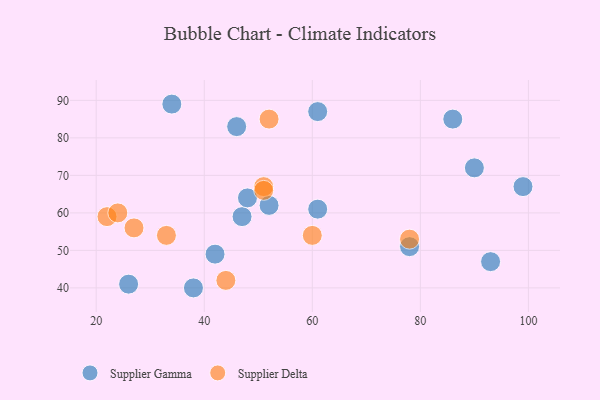
{"axis": {"x": "GDP", "y": "Life Expectancy"}, "legend": ["Supplier Delta", "Supplier Gamma"], "data": [{"x": "99", "y": 67, "type": "Supplier Gamma"}, {"x": "93", "y": 47, "type": "Supplier Gamma"}, {"x": "61", "y": 87, "type": "Supplier Gamma"}, {"x": "46", "y": 83, "type": "Supplier Gamma"}, {"x": "52", "y": 62, "type": "Supplier Gamma"}, {"x": "26", "y": 41, "type": "Supplier Gamma"}, {"x": "42", "y": 49, "type": "Supplier Gamma"}, {"x": "34", "y": 89, "type": "Supplier Gamma"}, {"x": "86", "y": 85, "type": "Supplier Gamma"}, {"x": "47", "y": 59, "type": "Supplier Gamma"}, {"x": "38", "y": 40, "type": "Supplier Gamma"}, {"x": "78", "y": 51, "type": "Supplier Gamma"}, {"x": "61", "y": 61, "type": "Supplier Gamma"}, {"x": "90", "y": 72, "type": "Supplier Gamma"}, {"x": "48", "y": 64, "type": "Supplier Gamma"}, {"x": "51", "y": 67, "type": "Supplier Delta"}, {"x": "51", "y": 66, "type": "Supplier Delta"}, {"x": "33", "y": 54, "type": "Supplier Delta"}, {"x": "78", "y": 53, "type": "Supplier Delta"}, {"x": "44", "y": 42, "type": "Supplier Delta"}, {"x": "22", "y": 59, "type": "Supplier Delta"}, {"x": "60", "y": 54, "type": "Supplier Delta"}, {"x": "52", "y": 85, "type": "Supplier Delta"}, {"x": "24", "y": 60, "type": "Supplier Delta"}, {"x": "27", "y": 56, "type": "Supplier Delta"}]}